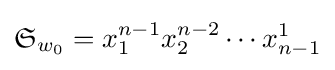
{\mathfrak {S}}_{w_{0}}=x_{1}^{n-1}x_{2}^{n-2}\cdots x_{n-1}^{1}